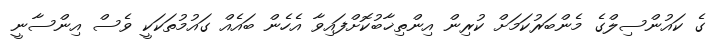
ގެ ކައުންސިލްގެ މެންބަރުކަމަށް ކުރިން އިންތިޚާބުކޮށްފައިވާ އެހެން ބައެއް ގައުމުތަކަކީ ވެސް އިންސާނީ